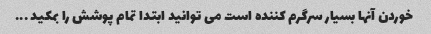
خوردن آنها بسیار سرگرم کننده است می توانید ابتدا تمام پوشش را بمکید ...